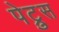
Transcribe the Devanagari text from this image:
पेट्रुस